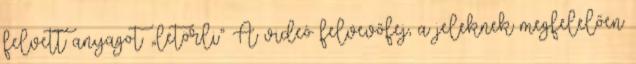
felvett anyagot „letörli” A videó felvevőfej, a jeleknek megfelelően